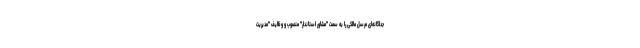
جداگانه‌ای مرسل مالکی را به سمت "مشاور استاندار" منصوب و وظایف "مدیریت